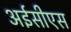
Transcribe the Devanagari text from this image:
अईसीएस